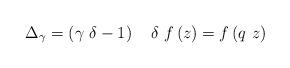
LaTeX: \begin{align*}\Delta _{\gamma }=\left( \gamma ~\delta -1\right) ~~~\delta~f\left( z\right) =f\left( q~z\right) \end{align*}